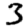
Digit: 3